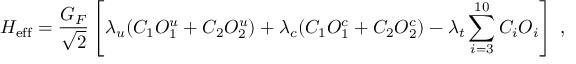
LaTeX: { \cal H } _ { \mathrm { e f f } } = \frac { G _ { F } } { \sqrt { 2 } } \left[ \lambda _ { u } ( C _ { 1 } O _ { 1 } ^ { u } + C _ { 2 } O _ { 2 } ^ { u } ) + \lambda _ { c } ( C _ { 1 } O _ { 1 } ^ { c } + C _ { 2 } O _ { 2 } ^ { c } ) - \lambda _ { t } \sum _ { i = 3 } ^ { 1 0 } C _ { i } O _ { i } \right] \; ,